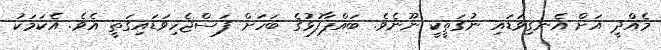
މެއްދީ އަށް އެނގިވަޑައި ނުގަތީކީ ނޫނެވެ. ބައްޕާފުޅުގެ ބަހަށް ފަސްޖެހިވަޑައިގަތީ އެވެ. އެކަމަކު